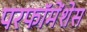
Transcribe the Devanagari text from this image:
परफॉमेंशेस